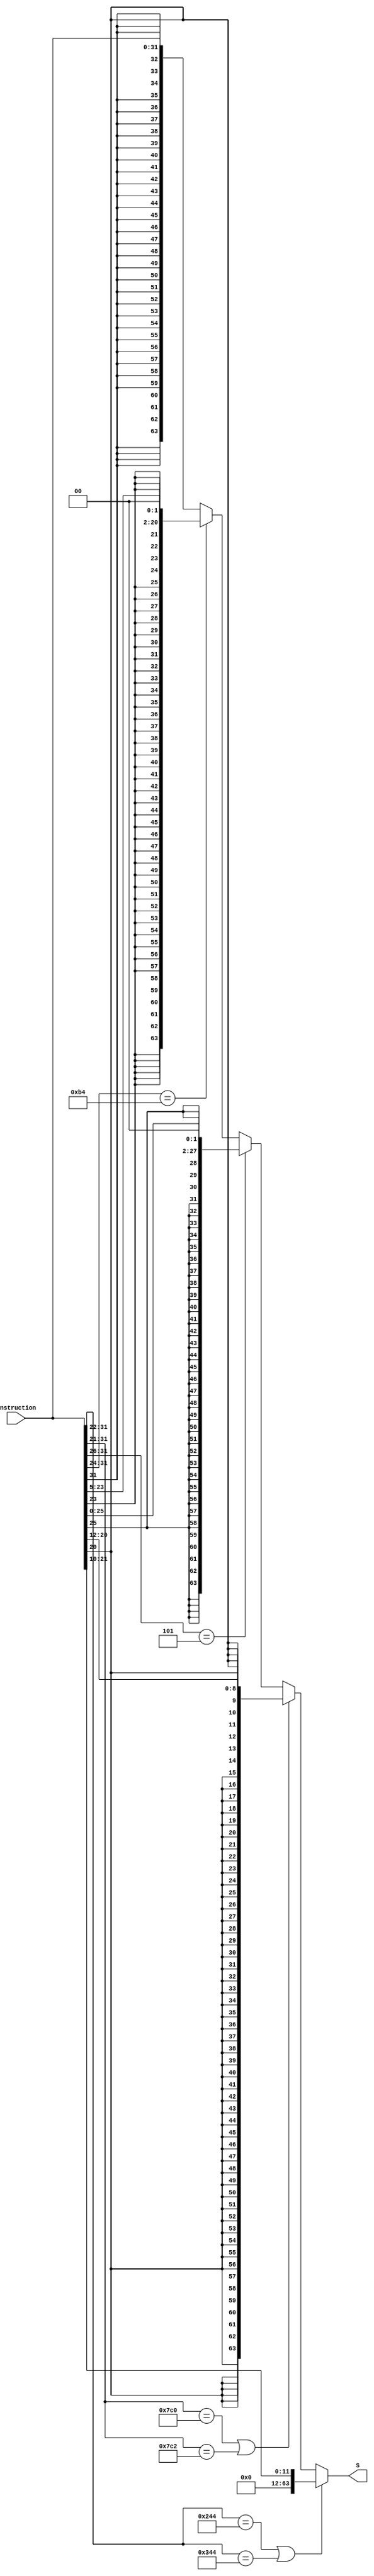
`timescale 1ns / 1ps
//////////////////////////////////////////////////////////////////////////////////
// Company: 
// Engineer: 
// 
// Design Name: 
// Module Name:    SIGN EXTEND 
// Project Name: 	 Design ARM Architecture 	
// Target Devices: 
// Tool versions: 
// Description: 
//
// Dependencies: 
//
// Revision: 
// Revision 0.01 - File Created
// Additional Comments: 
//
//////////////////////////////////////////////////////////////////////////////////

// R-Type
`define ADD_OP  11'b10001011000
`define SUB_OP  11'b11001011000
`define AND_OP  11'b10001010000
`define OR_OP   11'b10101010000

// D-Type
`define STUR_OP 11'b11111000000
`define LDUR_OP 11'b11111000010

// I-Type
`define ADDI_OP 10'b1001000100
`define SUBI_OP 10'b1101000100

// CB-Type
`define CBZ_OP 8'b10110100

// B-Type
`define B_OP 6'b000101

module SE(
    input [31:0] Instruction,
    output reg[63:0] S
    );
	wire [11:0] ALU_immediate = Instruction[21:10];
	wire [8:0] DT_address = Instruction[20:12];
	wire [25:0] BR_address = Instruction[25:0];
	wire [18:0] COND_BR_address = Instruction[23:5];
	always @(*)
		if	((Instruction[31:22] == `ADDI_OP) || (Instruction[31:22] == `SUBI_OP))
			S <= {52'b0, ALU_immediate};
		else if ((Instruction[31:21] == `STUR_OP) || (Instruction[31:21] == `LDUR_OP)) 
			S <= {{55{DT_address[8]}}, DT_address};
		else if (Instruction[31:26] == `B_OP)
			S <= {{36{BR_address[25]}}, BR_address, 2'b0};
		else if (Instruction[31:24] == `CBZ_OP)
			S <= {{43{COND_BR_address[18]}}, COND_BR_address, 2'b0};
		else
			S <= {{32{Instruction[31]}},Instruction};
endmodule